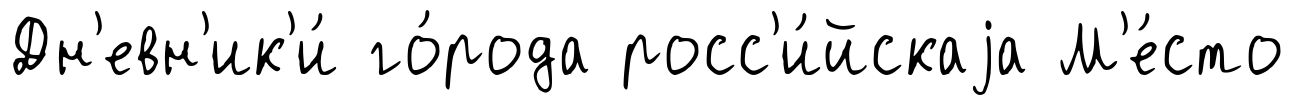
Дн'евн'ик'и́ го́рода росс'и́йскаjа М'е́сто